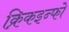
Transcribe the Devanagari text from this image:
क्रिकइन्फो